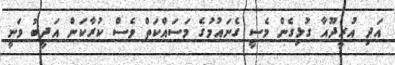
އަދި އުރީދޫއާ ގުޅިގެން މެސީ ގެނައުމުގެ މަސައްކަތް ވެސް ކުރާކަން އަދީބު ވަނީ